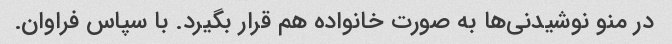
در منو نوشیدنی‌ها به صورت خانواده هم قرار بگیرد. با سپاس فراوان.